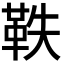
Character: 𮧕